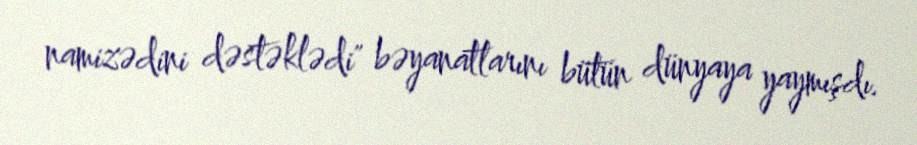
namizədini dəstəklədi" bəyanatlarını bütün dünyaya yaymışdı.